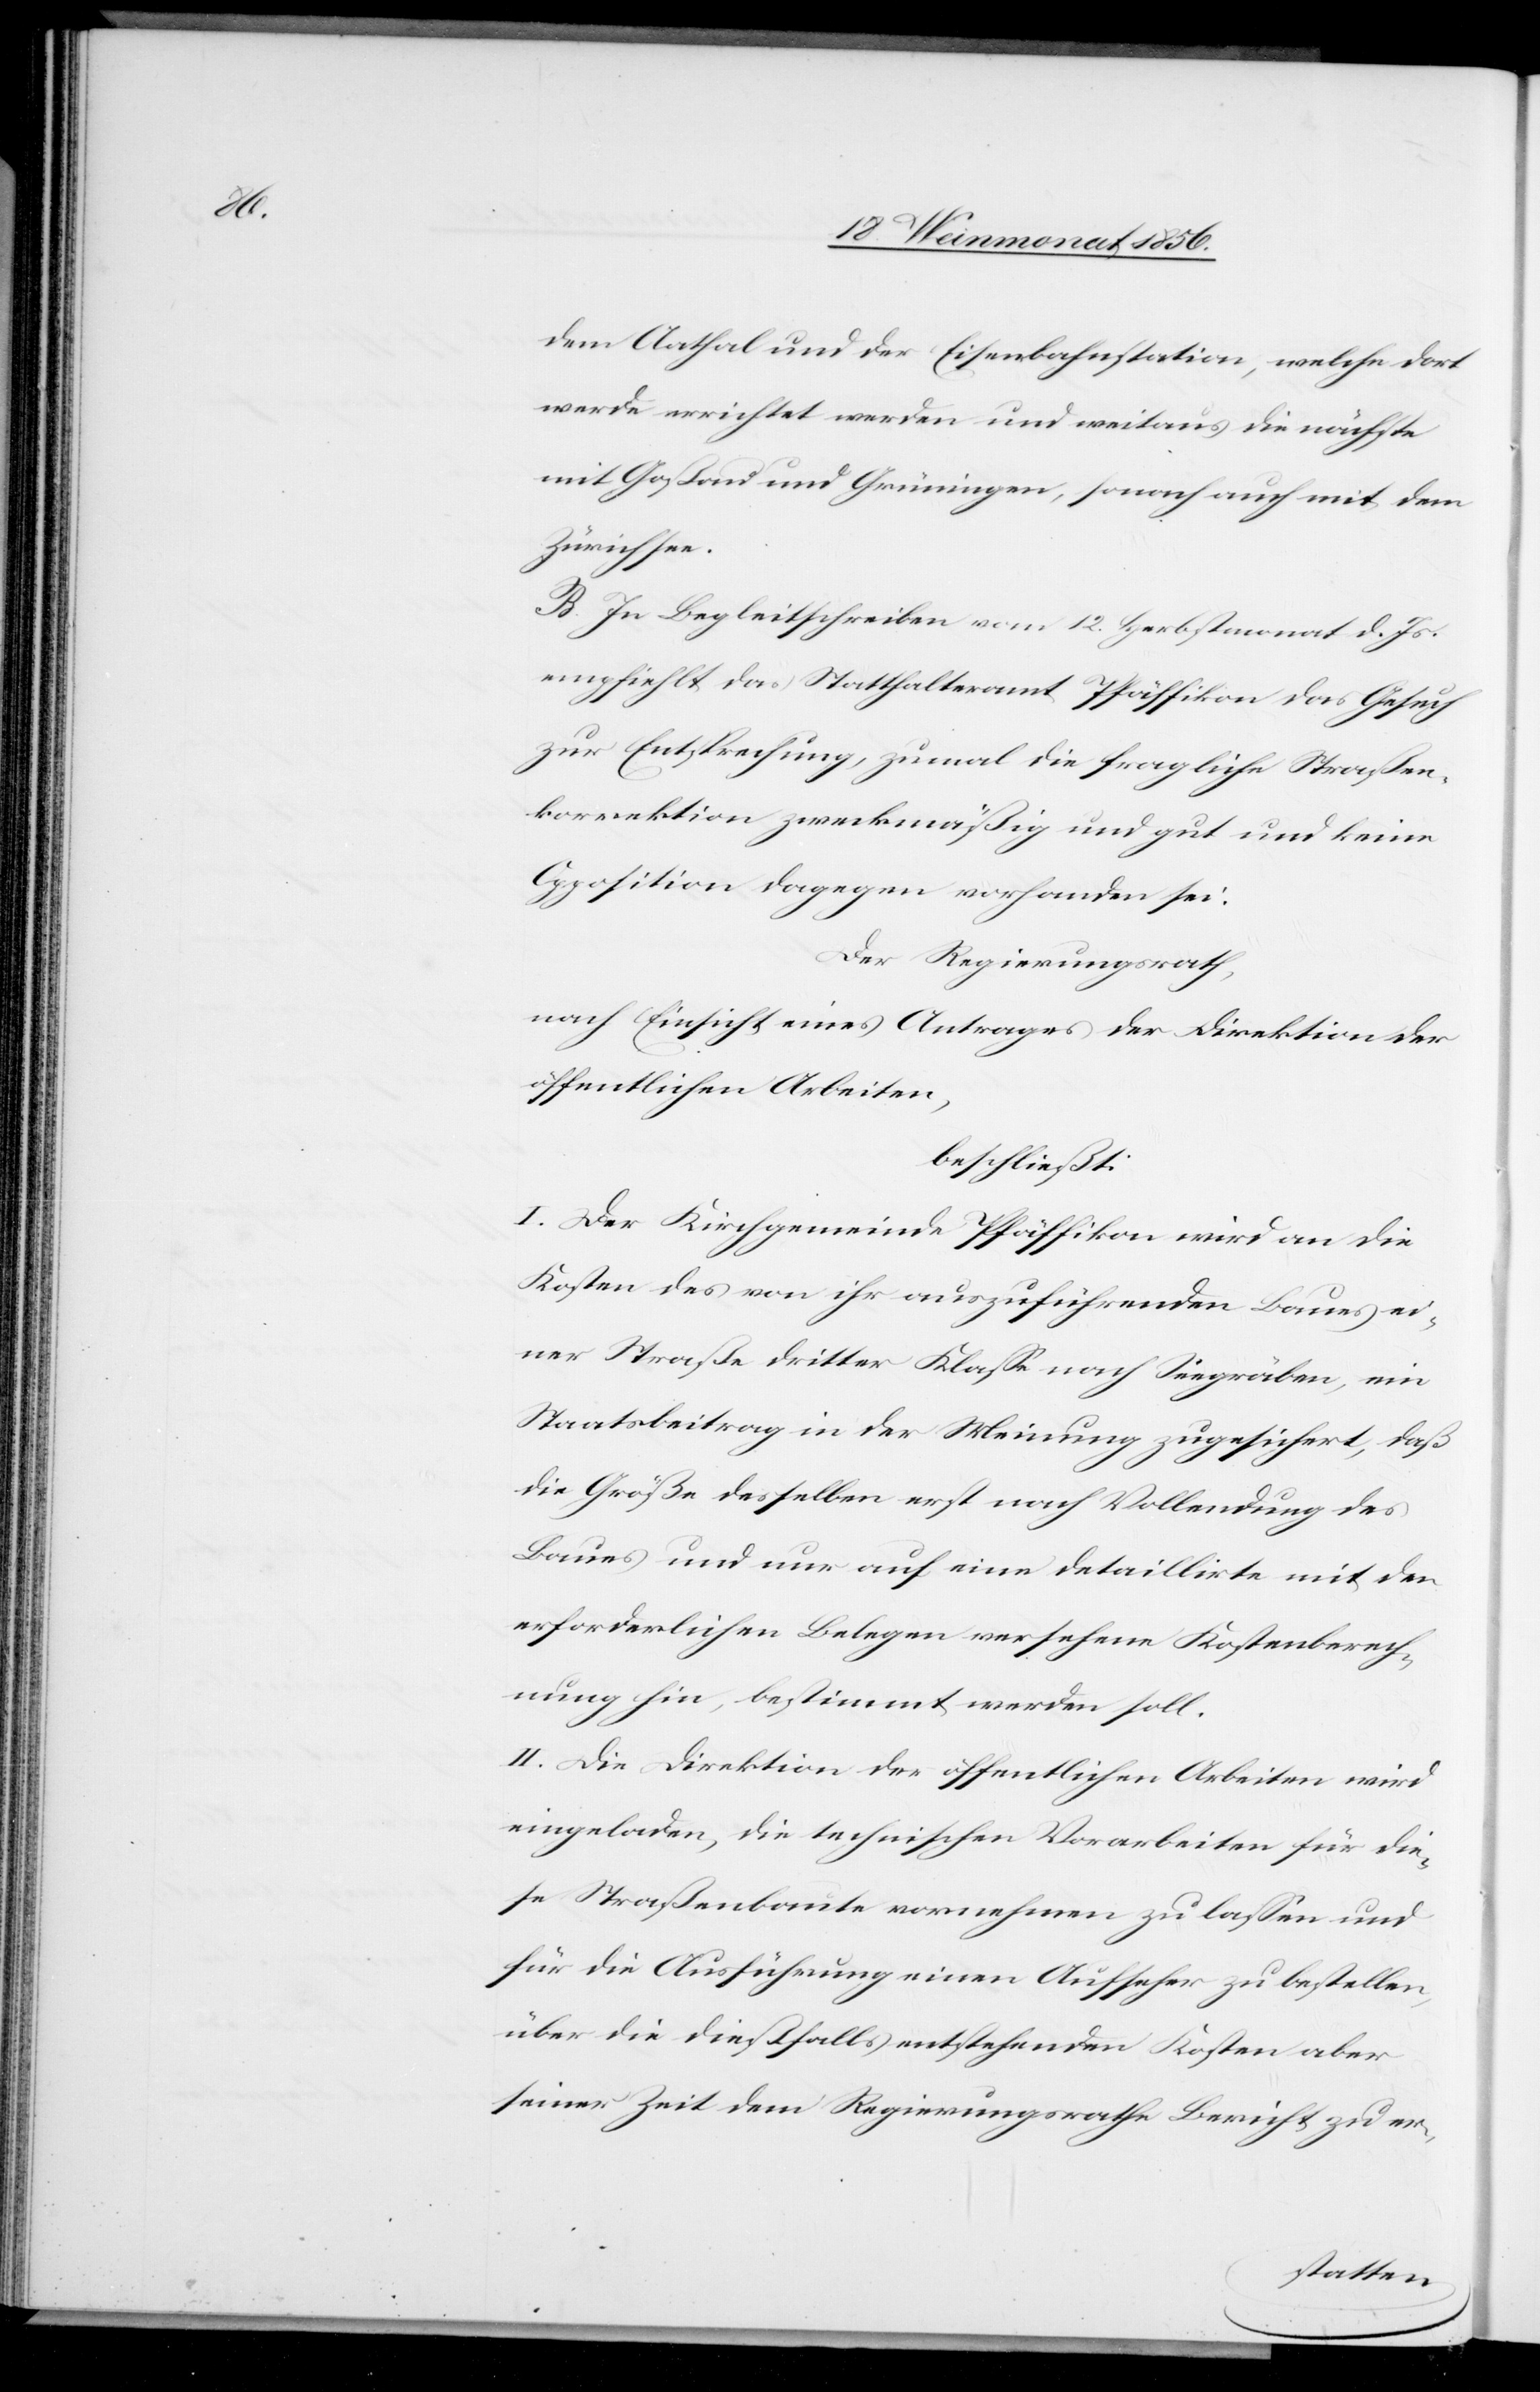
dem Aathal und der Eisenbahnstation, welche dort
werde errichtet werden und weitaus die nächste
mit Goßau und Grüningen, sonach auch mit dem
Zürichsee.
B. In Begleitschreiben vom 12. Herbstmonat d. Js.
empfiehlt das Statthalteramt Pfäffikon das Gesuch
zur Entsprechung, zumal die fragliche Straßen¬
korrektion zweckmäßig und gut und keine
Opposition dagegen vorhanden sei.
Der Regierungsrath,
nach Einsicht eines Antrages der Direktion der
öffentlichen Arbeiten,
beschließt:
I. Der Kirchgemeinde Pfäffikon wird an die
Kosten des von ihr auszuführenden Baues ei¬
ner Straße dritter Klasse nach Seegräben, ein
Staatsbeitrag in der Meinung zugesichert, daß
die Größe desselben erst nach Vollendung des
Baues und nur auf eine detaillirte mit den
erforderlichen Belegen versehene Kostenberech¬
nung hin, bestimmt werden soll.
II. Die Direktion der öffentlichen Arbeiten wird
eingeladen, die technischen Vorarbeiten für die¬
se Straßenbaute vornehmen zu lassen und
für die Ausführung einen Aufseher zu bestellen,
über die dießfalls entstehenden Kosten aber
seiner Zeit dem Regierungsrathe Bericht zu er-